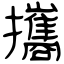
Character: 攜